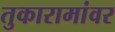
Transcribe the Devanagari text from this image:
तुकारामांवर